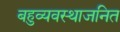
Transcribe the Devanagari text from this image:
बहुव्यवस्थाजनित